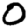
Digit: 0